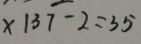
x 1 3 7 - 2 = 3 5